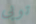
توبى